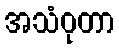
အသံဝုတာ